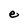
Character: e